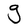
Character: g